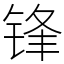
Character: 锋